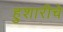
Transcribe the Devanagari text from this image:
हुशारीचे